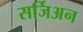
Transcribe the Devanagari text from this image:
सर्जिअन